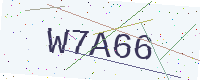
Text: W7A66